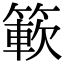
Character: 簐